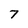
Character: 7